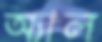
অ্যাল